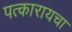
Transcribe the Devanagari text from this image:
पत्कारायचा